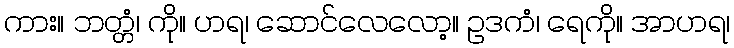
ကား။ ဘတ္တံ၊ ကို။ ဟရ၊ ဆောင်လေလော့။ ဥဒကံ၊ ရေကို။ အာဟရ၊